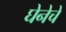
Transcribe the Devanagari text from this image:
घेनेचे